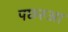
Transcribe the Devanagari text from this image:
पछरुआ